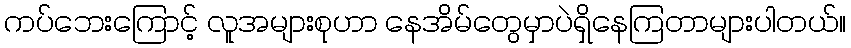
ကပ်ဘေးကြောင့် လူအများစုဟာ နေအိမ်တွေမှာပဲရှိနေကြတာများပါတယ်။